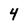
Character: 4